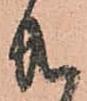
共